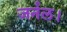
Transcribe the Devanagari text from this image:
जर्नल।